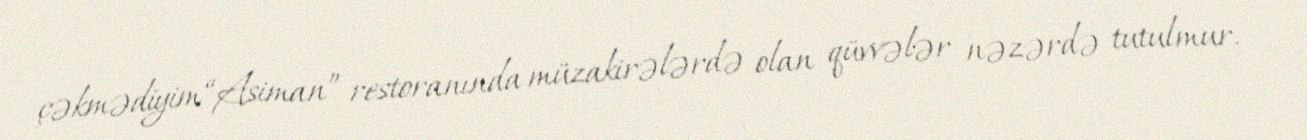
çəkmədiyim “Asiman” restoranında müzakirələrdə olan qüvvələr nəzərdə tutulmur.